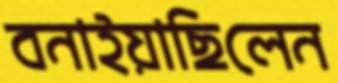
বনাইয়াছিলেন